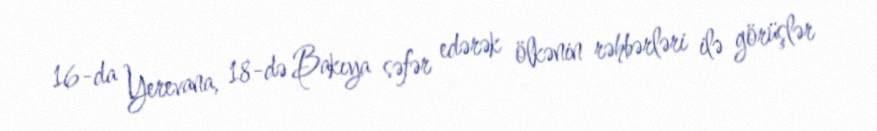
16-da Yerevana, 18-də Bakıya səfər edərək ölkənin rəhbərləri ilə görüşlər